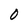
Character: 0